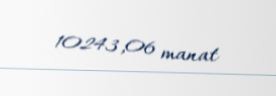
10243,06 manat